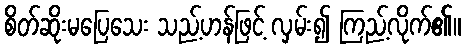
စိတ်ဆိုးမပြေသေး သည့်ဟန်ဖြင့် လှမ်း၍ ကြည့်လိုက်၏။